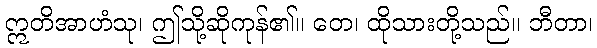
ဣတိအာဟံသု၊ ဤသို့ဆိုကုန်၏။ တေ၊ ထိုသားတို့သည်။ ဘီတာ၊